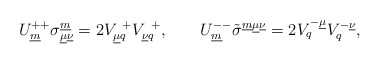
\begin{align*} U^{++}_{\underline{m}}\sigma^{\underline{m}}_{\underline{\mu}\underline{\nu}}= 2V_{\underline{\mu}q}^{~+}V^{~+}_{\underline{\nu}q}, \qquad U^{--}_{\underline{m}}\tilde{\sigma}^{\underline{m}\underline{\mu}\underline{\nu}}= 2V^{-\underline{\mu}}_{q}V_{q}^{-\underline{\nu}}, \qquad\end{align*}